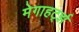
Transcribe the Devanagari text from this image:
मेगाहर्ट्झ